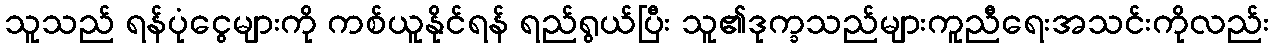
သူသည် ရန်ပုံငွေများကို ကစ်ယူနိုင်ရန် ရည်ရွယ်ပြီး သူ၏ဒုက္ခသည်များကူညီရေးအသင်းကိုလည်း